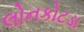
લોનકોટડા